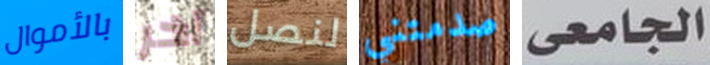
بالأموال آخر لنصل صدمتني الجامعى